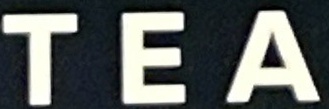
TEA